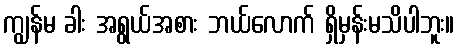
ကျွန်မ ခါး အရွယ်အစား ဘယ်လောက် ရှိမှန်းမသိပါဘူး။